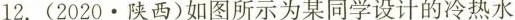
12. (2020·陕西)如图所示为某同学设计的冷热水